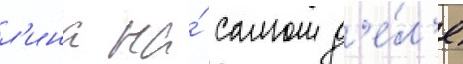
л'ина на́ самом д'е́л'е